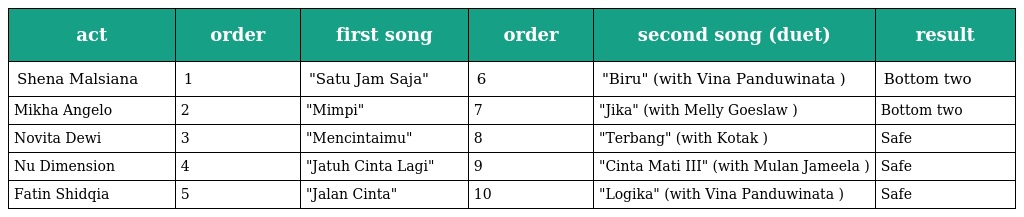
| act | order | first song | order | second song (duet) | result |
 | --- | --- | --- | --- | --- | --- |
 | Shena Malsiana | 1 | "Satu Jam Saja" | 6 | "Biru" (with Vina Panduwinata ) | Bottom two |
 | Mikha Angelo | 2 | "Mimpi" | 7 | "Jika" (with Melly Goeslaw ) | Bottom two |
 | Novita Dewi | 3 | "Mencintaimu" | 8 | "Terbang" (with Kotak ) | Safe |
 | Nu Dimension | 4 | "Jatuh Cinta Lagi" | 9 | "Cinta Mati III" (with Mulan Jameela ) | Safe |
 | Fatin Shidqia | 5 | "Jalan Cinta" | 10 | "Logika" (with Vina Panduwinata ) | Safe |